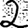
Digit: 2